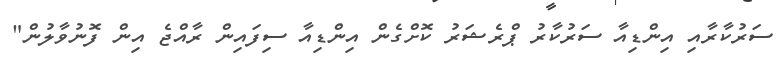
ސަރުކާރާއި އިންޑިއާ ސަރުކާރު ޕްރެޝަރު ކޮށްގެން އިންޑިއާ ސިފައިން ރާއްޖެ އިން ފޮނުވާލުން"